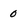
Character: 0